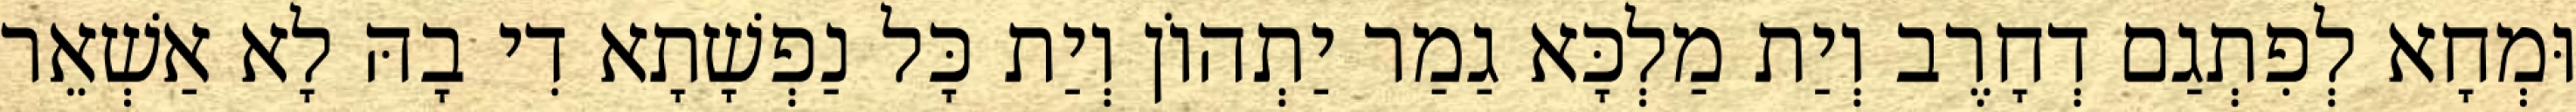
וּמְחָא לְפִתְגַם דְחָרֶב וְיַת מַלְכָּא גַמַר יַתְהוֹן וְיַת כָּל נַפְשָׁתָא דִי בָהּ לָא אַשְׁאֵר